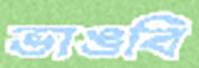
ভাঙবি